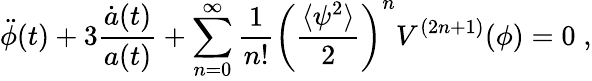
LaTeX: \ddot{\phi}(t)+3\frac{\dot{a}(t)}{a(t)}+\sum_{n=0}^{\infty}\frac{1}{n!}\left(\frac{\langle\psi^{2}\rangle}{2}\right)^{n}V^{(2n+1)}(\phi)=0\; ,